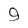
Character: 9